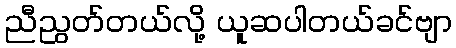
ညီညွတ်တယ်လို့ ယူဆပါတယ်ခင်ဗျာ